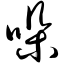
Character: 哚